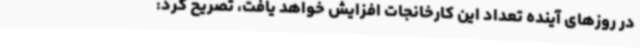
در روزهای آینده تعداد این کارخانجات افزایش خواهد یافت، تصریح کرد: